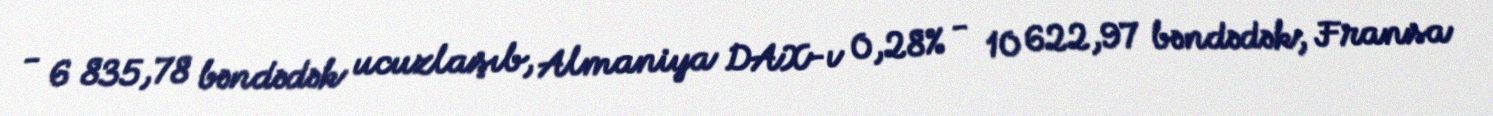
- 6 835,78 bəndədək ucuzlaşıb, Almaniya DAX-ı 0,28% - 10 622,97 bəndədək, Fransa